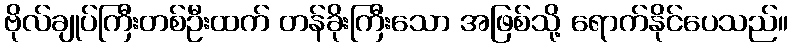
ဗိုလ်ချုပ်ကြီးတစ်ဦးထက် တန်ခိုးကြီးသော အဖြစ်သို့ ရောက်နိုင်ပေသည်။